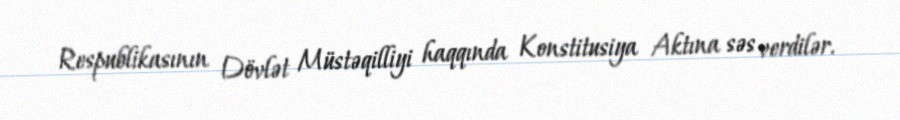
Respublikasının Dövlət Müstəqilliyi haqqında Konstitusiya Aktına səs verdilər.